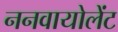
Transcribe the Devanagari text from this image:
ननवायोलेंट